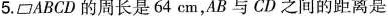
5.ABCD的周长是64cm，AB与CD之间的距离是